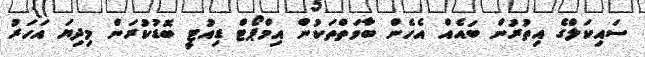
ސައިކަލްގެ އިތުރުން ބައެއް އެހެން ބާވަތްތަކުން އިމްޕޯޓް ޑިއުޓީ ބޮޑުކުރަން މިދިޔަ އަހަރު